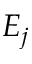
E _ { j }